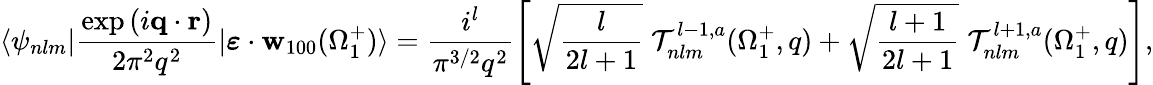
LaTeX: \langle\psi_{nlm}|\frac{\exp{(i\mathbf{q}\cdot\mathbf{r})}}{2\pi^{2}q^{2}}|\boldsymbol{\varepsilon}\cdot{\mathbf{w}}_{100}(\Omega_{1}^{+})\rangle=\frac{i^{l}}{{\pi}^{3/2}q^{2}}\left[\sqrt{\frac{l}{2l+1}}\; {\cal T}_{nlm}^{l-1,a}(\Omega_{1}^{+},q)+\sqrt{\frac{l+1}{2l+1}}\; {\cal T}_{nlm}^{l+1,a}(\Omega_{1}^{+},q)\right],